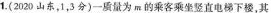
1.(2020山东，1，3分)一质量为m的乘客乘坐竖直电梯下楼，其